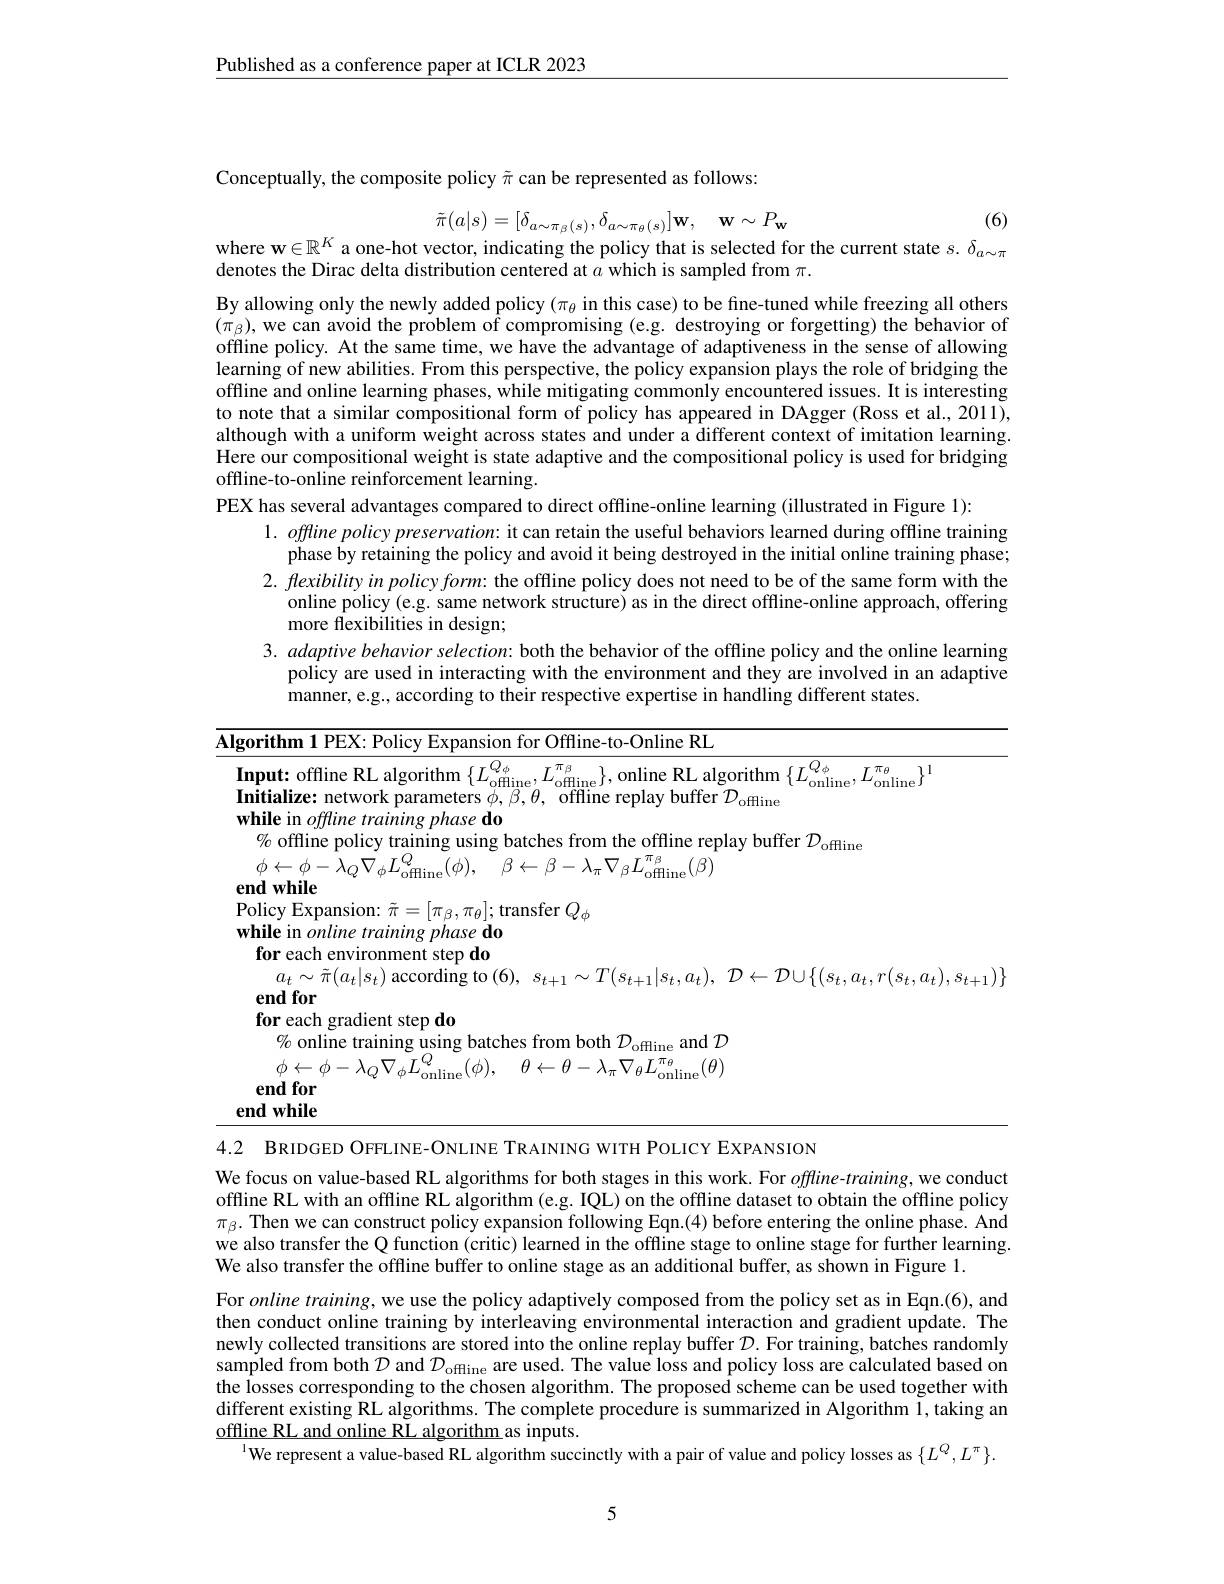
$\underline{\text{Published as a conference paper at ICLR 2023}}$

Conceptually, the composite policy $\tilde{\pi}$ can be represented as follows:

(6)
where w$\in\mathbb{R}^K$ a one-hot vector, indicating the policy that is selected for the current state $s.\delta_{a\sim\pi}$
$$\tilde{\pi}(a|s)=[\delta_{a\sim\pi_{\beta}(s)},\delta_{a\sim\pi_{\theta}(s)}]\mathbf{w},\quad\mathbf{w}\sim P_{\mathbf{w}}$$
denotes the Dirac delta distribution centered at $a$ which is sampled from $\pi.$

By allowing only the newly added policy $(\pi_\theta$ in this case) to be fine-tuned while freezing all others $(\pi_{\beta})$,we can avoid the problem of compromising (e.g. destroying or forgetting) the behavior of offline policy. At the same time, we have the advantage of adaptiveness in the sense of allowing learning of new abilities. From this perspective, the policy expansion plays the role of bridging the offline and online learning phases, while mitigating commonly encountered issues. It is interesting to note that a similar compositional form of policy has appeared in DAgger (Ross et al., 2011), although with a uniform weight across states and under a different context of imitation learning. Here our compositional weight is state adaptive and the compositional policy is used for bridging offline-to-online reinforcement learning.
PEX has several advantages compared to direct offline-online learning (illustrated in Figure 1):
$1. \textit{ offline policy preservation: it can retain the useful behaviors learned during offline training}$
phase by retaining the policy and avoid it being destroyed in the initial online training phase; $2. \textit{ flexibility in policy form: the offline policy does not need to be of the same form with the}$
online policy(e.g. same network structure) as in the direct offline-online approach, offering
more flexibilities in design;
3. adaptive behavior selection: both the behavior of the offline policy and the online learning
policy are used in interacting with the environment and they are involved in an adaptive
manner, e.g., according to their respective expertise in handling different states.

<table>
	<tbody>
		<tr>
			<td>$\overline{\mathbf{Alg}}$ </td>
			<td>Offline-to-Online RL</td>
		</tr>
		<tr>
			<td>$\mathbf{I}$ $\mathbf{I}$ $Y$</td>
			<td>${:\mathrm{~offline~RL~algorithm~}\{L_{\mathrm{offline}}^{Q_{\phi}},L_{\mathrm{offline}}^{\pi_{\beta}}\},}$ $rQ_{\phi}$ $\}$,online RL algorithm$\{L$ $\cdot Q_{\phi}$ $T\pi_{\theta}$ 11 lize: network parameters $\phi,\beta,\theta$, offline replay buffer $\tilde{\mathcal{D}}_\mathrm{offline}$ $\bot$ $^{\prime}$online, $^{\prime}$online$^{\prime}$ in $offline\textit{training}$ phasedo</td>
		</tr>
		<tr>
			<td> </td>
			<td>each environment step do $a_{t}\sim\tilde{\pi}(a_{t}|s_{t})$ according to (6), $s_{t+ 1}\sim T( s_{t+ 1}| s_{t}, a_{t}) $, $\mathcal{D} \leftarrow \mathcal{D} \cup \{ ( s_{t}, a_{t}, r( s_{t}, a_{t}) , s_{t+ 1}) \}$ $1for$ each gradient step do</td>
		</tr>
	</tbody>
</table>
4.2 BRIDGED OFFLINE-ONLINE TRAINING WITH POLICY EXPANSION

We focus on value-based RL algorithms for both stages in this work. For $offline-training$, we conduct offline RL with an offline RL algorithm (e.g. IQL) on the offline dataset to obtain the offline policy $\pi_{\beta}.$ Then we can construct policy expansion following Eqn.(4) before entering the online phase. And we also transfer the Q function (critic) learned in the offline stage to online stage for further learning. We also transfer the offline buffer to online stage as an additional buffer, as shown in Figure 1.
For $online\textit{training, we use the policy adaptively composed from the policy set as in Eqn. ( 6) , and}$ then conduct online training by interleaving environmental interaction and gradient update. The newly collected transitions are stored into the online replay buffer $\mathcal{D}.$ For training, batches randomly sampled from both $\mathcal{D}$ and $\mathcal{D}_\mathrm{offline}$ are used. The value loss and policy loss are calculated based on the losses corresponding to the chosen algorithm. The proposed scheme can be used together with different existing RL algorithms. The complete procedure is summarized in Algorithm i, taking an $\underline{\text{offline RL and online RL algorithm}}$as inputs.
$^{\text{l}}$We represent a value-based RL algorithm succinctly with a pair of value and policy losses as $\{L^Q,L^\pi\}.$

5